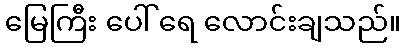
မြေကြီး ပေါ် ရေ လောင်းချသည်။